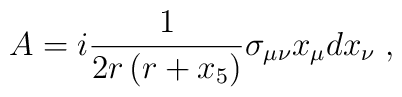
A=i\frac{1}{2r\left( r+x_{5}\right) }\sigma _{\mu \nu }x_{\mu }dx_{\nu }\;,